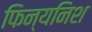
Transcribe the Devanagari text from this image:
फिन्यनिश